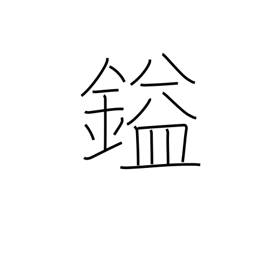
Meaning: unit of weight